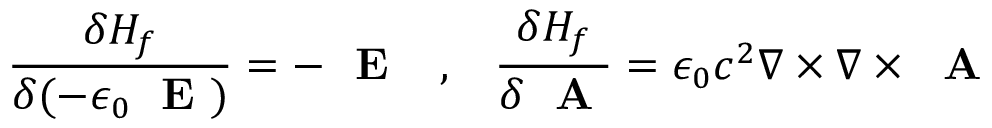
\frac { \delta H _ { f } } { \delta ( - \epsilon _ { 0 } \mathrm { ~ \bf ~ E ~ } ) } = - \mathrm { ~ \bf ~ E ~ } \; \; \; , \; \; \; \frac { \delta H _ { f } } { \delta \mathrm { ~ \bf ~ A ~ } } = \epsilon _ { 0 } c ^ { 2 } \nabla \times \nabla \times \mathrm { ~ \bf ~ A ~ }